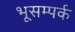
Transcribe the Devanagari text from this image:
भूसम्पर्क